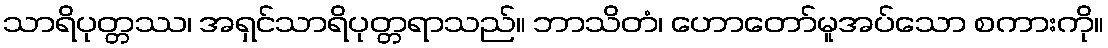
သာရိပုတ္တဿ၊ အရှင်သာရိပုတ္တရာသည်။ ဘာသိတံ၊ ဟောတော်မူအပ်သော စကားကို။